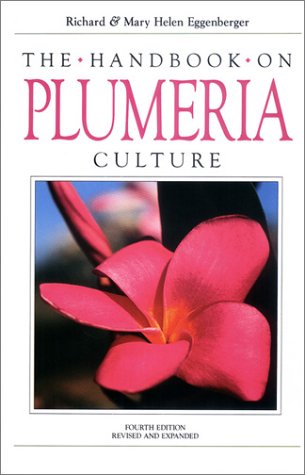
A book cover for The Handbook on Plumeria Culture; Richard Eggenberger; Crafts, Hobbies & Home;